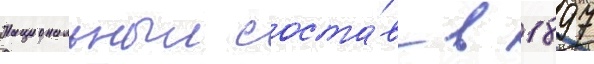
Национальныи соста́в в 1897